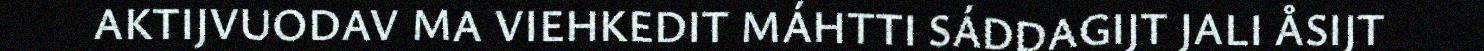
AKTIJVUODAV MA VIEHKEDIT MÁHTTI SÁDDAGIJT JALI ÅSIJT